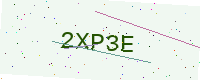
Text: 2XP3E